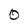
Character: O